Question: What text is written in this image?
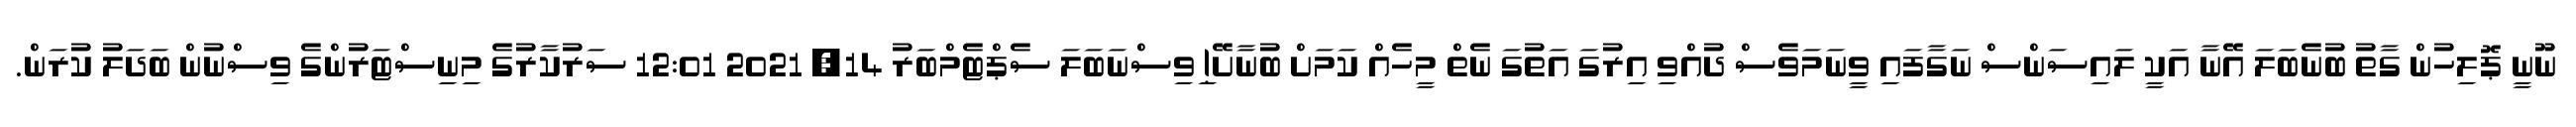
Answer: ނޫނީ ޕޮލިހުން ގާތު ބުނެބަލަ އޭނާ އަކީ ލައިސަންސް ނަގާފައި ވީނަމަވެސް ދުއްވި އިރުގަ އަތުގަ ނެތް މީހެއް ކަމަށް ބުނާށޭ! ިވިސްނަބަލަ ސެޕްޓެމްބަރު 14, 2021 12:01 ސަރުކާރުގެ މިނިސްޓަރުންގެ ވިސްނުން ބަދަލު ކުރަން.